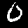
Digit: 0